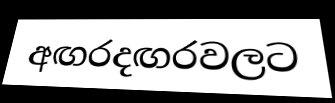
අඟරදඟරවලට